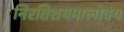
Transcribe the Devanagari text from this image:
निरतिशयमालोक्य